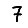
Digit: 7